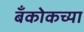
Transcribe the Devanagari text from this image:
बँकोकच्या